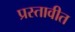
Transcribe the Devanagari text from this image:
प्रस्तावीत